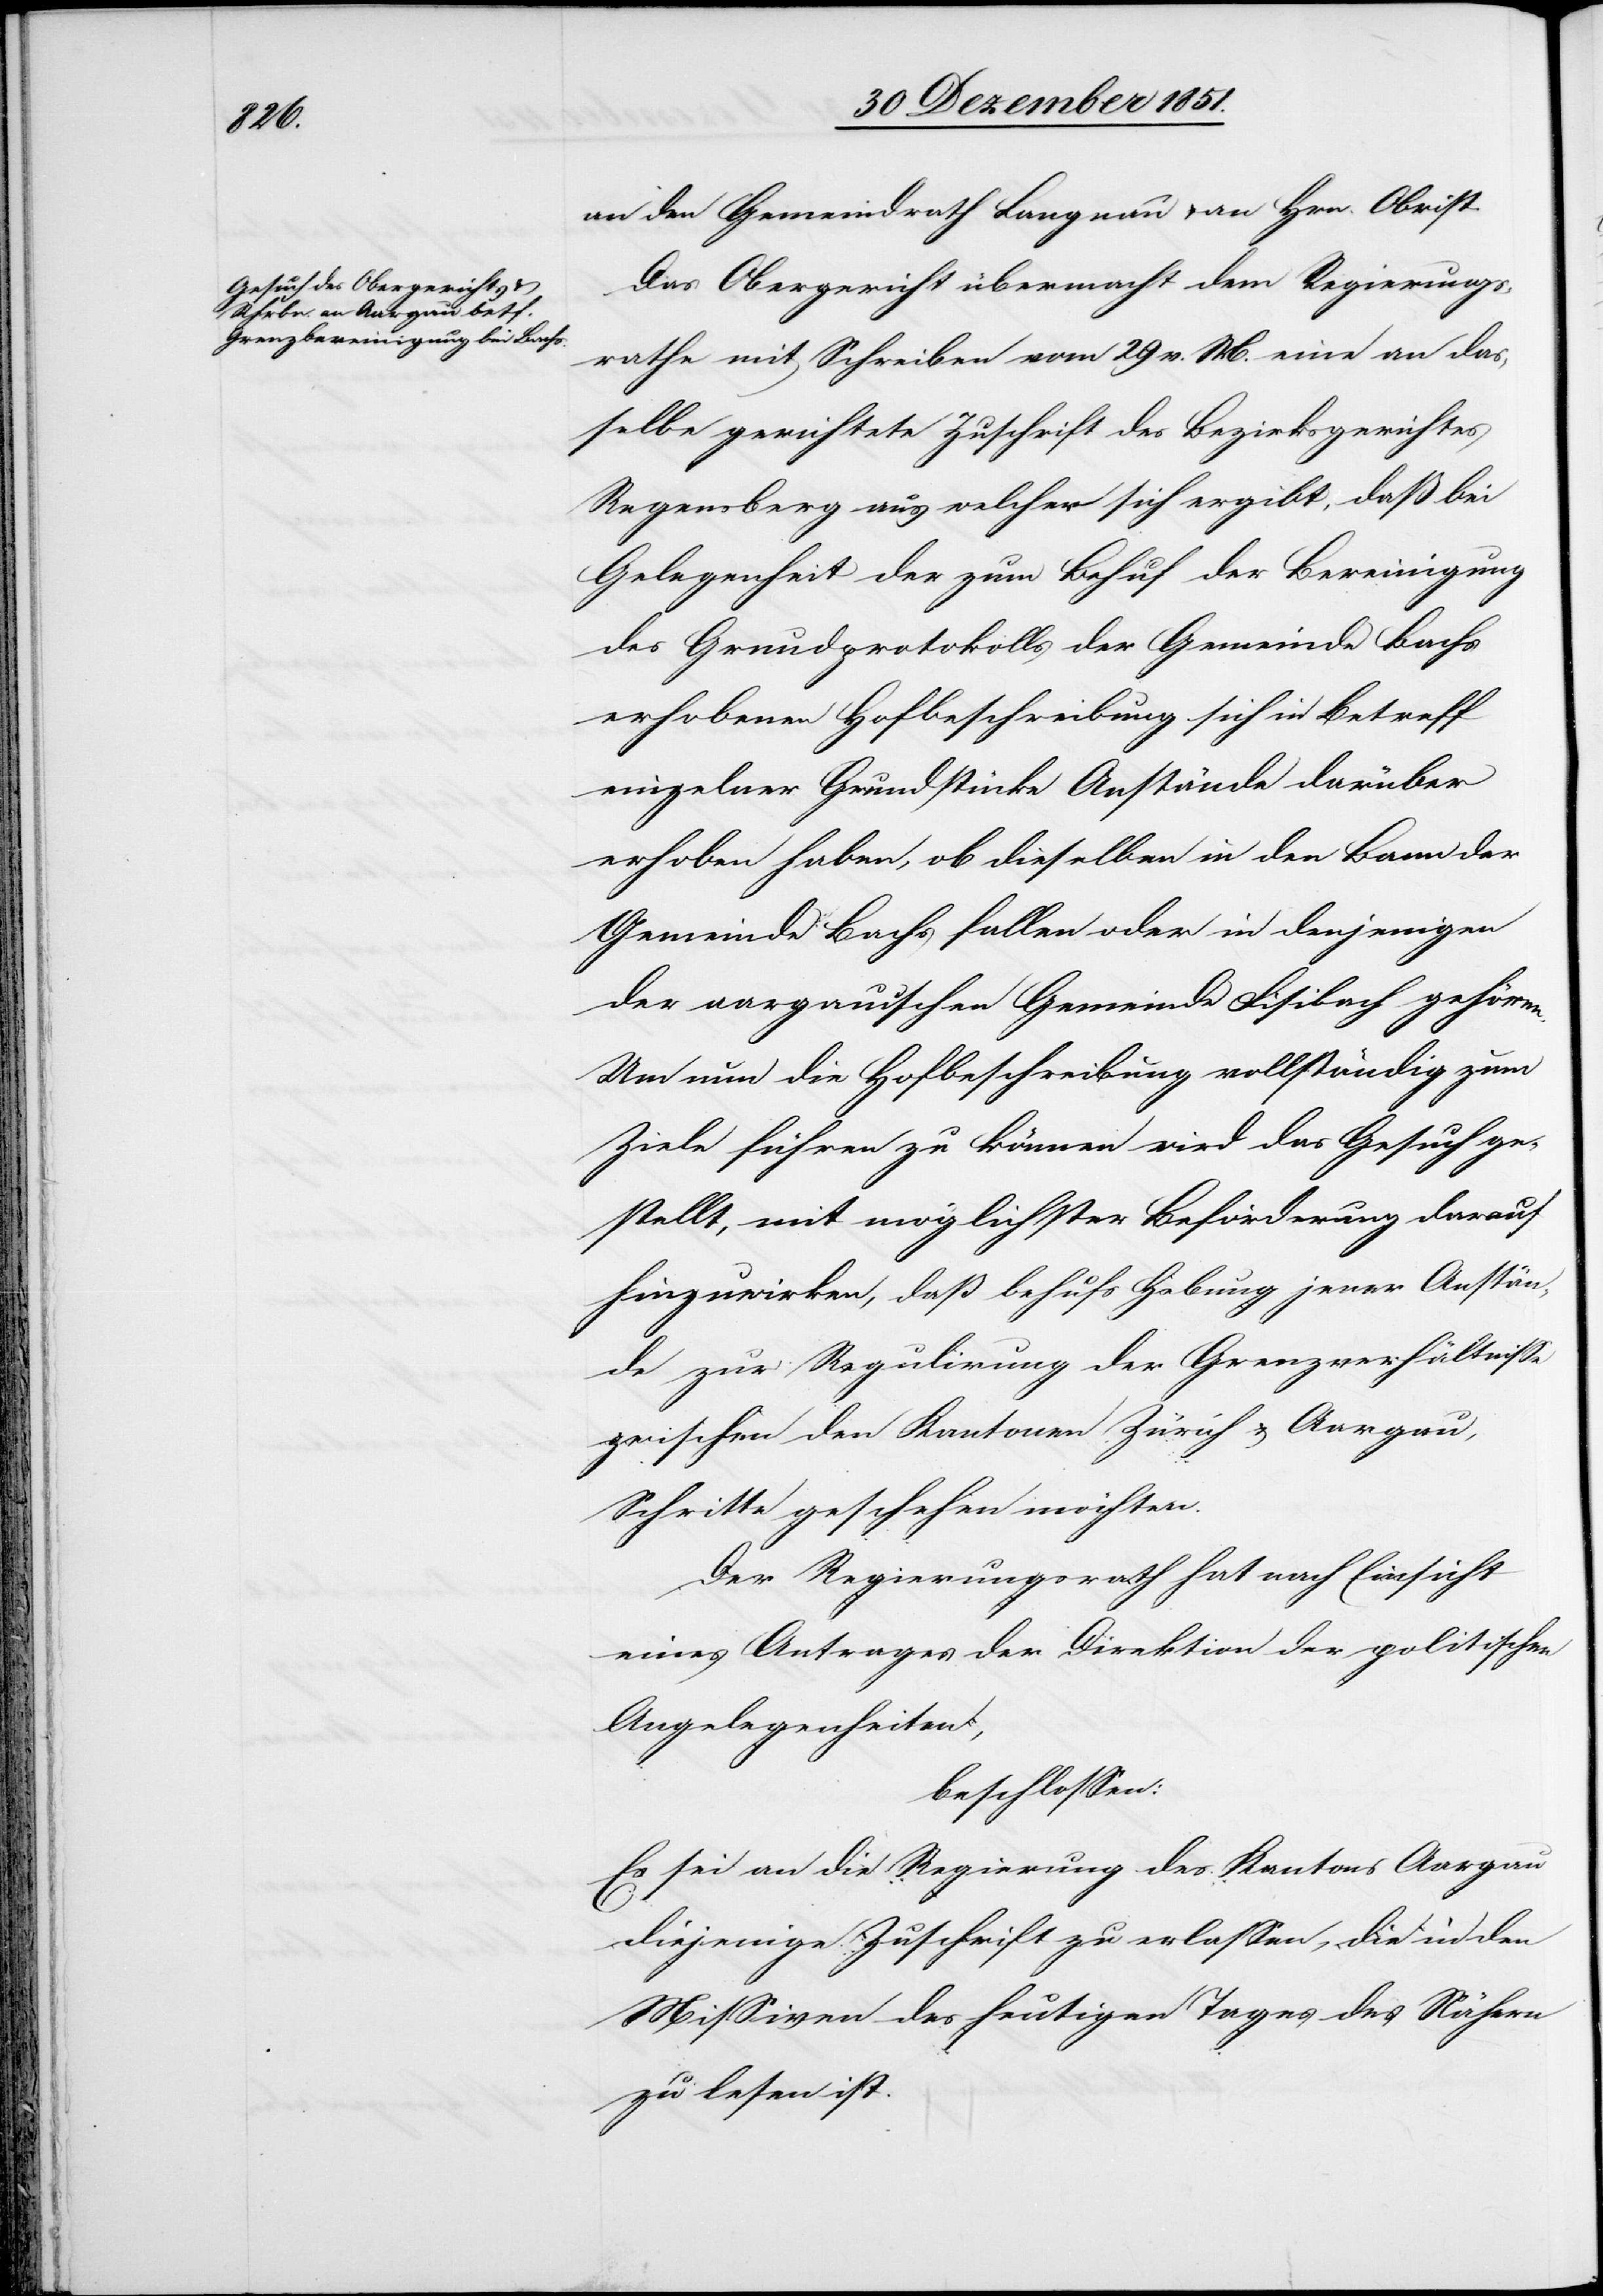
den [sic!] Gemeindrath Langnau & an Hrn. Obrist.
Das Obergericht übermacht dem Regierungs¬
rathe mit Schreiben vom 29 v. M. eine an das¬
selbe gerichtete Zuschrift des Bezirksgerichtes
Regensberg aus welcher sich ergibt, daß bei
Gelegenheit der zum Behuf der Bereinigung
des Grundprotokolls der Gemeinde Bachs
erhobenen Hofbeschreibung sich in Betreff
einzelner Grundstücke Anstände darüber
erhoben haben, ob dieselben in den Bann der
Gemeinde Bachs fallen oder in denjenigen
der aargauischen Gemeinde Fisibach gehören.
Um nun die Hofbeschreibung vollständig zum
Ziele führen zu können wird das Gesuch ge¬
stellt, mit möglichster Beförderung darauf
hinzuwirken, daß behufs Hebung jener Anstän¬
de zur Regulirung der Grenzverhältnisse
zwischen den Kantonen Zürich & Aargau,
Schritte geschehen möchten.
Der Regierungsrath hat nach Einsicht
eines Antrages der Direktion der politischen
Angelegenheiten,
beschlossen:
Es sei an die Regierung des Kantons Aargau
diejenige Zuschrift zu erlassen, die in den
Missiven des heutigen Tages des Nähern
zu lesen ist.